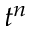
t ^ { n }